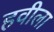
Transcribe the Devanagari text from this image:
हवीला